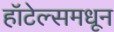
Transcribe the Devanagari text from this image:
हॉटेल्समधून